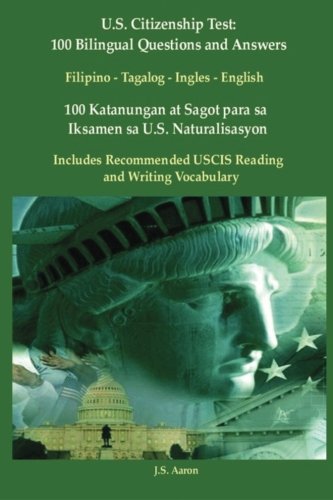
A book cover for US Citizenship Test: 100 Bilingual Questions & Answers Filipino-Tagalog-English: 100 Katanungan at Sagot para sa Iksamen sa U.S. Naturalisasyon (Tagalog Edition); J.S. Aaron; Test Preparation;